Rangoon Lunatic Asylum 1878-1892 - 1878-1892
Year: 1878
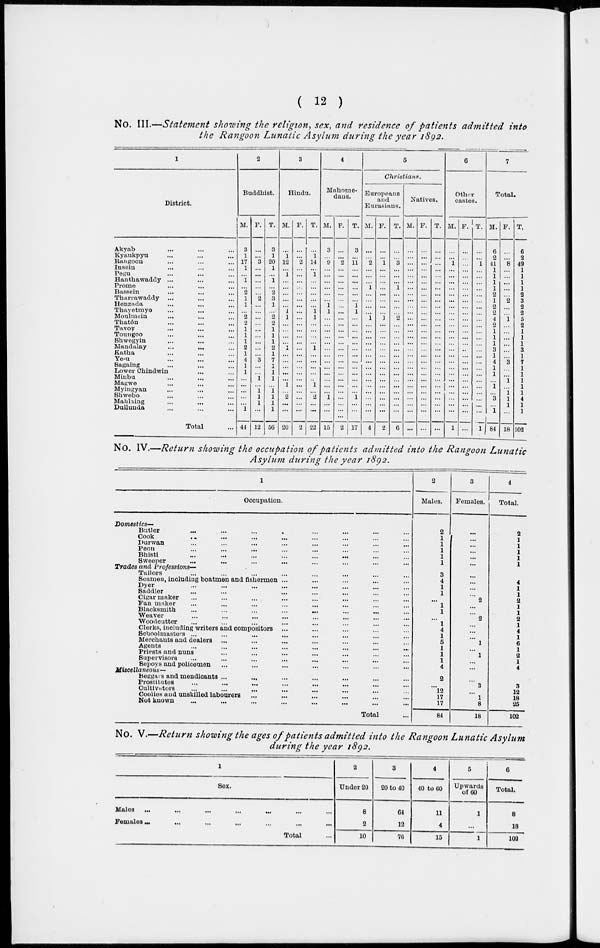
( 12 )
No. III.—Statement showing the religion, sex, and residence of patients admitted into
the Rangoon Lunatic Asylum during the year 1892.
1
District.
Akyab ... ... ...
Kyaukpyu ... ... ...
Rangoon ... ... ...
Insein ... ... ...
Pegu ... ... ...
Hanthawaddy ... ... ...
Prome ... ... ...
Bassein ... ... ...
Tharrawaddy ... ... ...
Henzada ... ... ...
Thayetmyo ... ... ...
Moulmein ... ... ...
Thatôn ... ... ...
Tavoy ... ... ...
Toungoo ... ... ...
Shwegyin ... ... ...
Mandalay
...
... ...
Katha ... ... ...
Ye-u ... ... ...
Sagaing ... ... ...
Lower Chindwin ... ...
Minbu ... ... ...
Magwe ... ... ...
Myingyan ... ... ...
Shwebo ... ... ...
Mahlaing ... ... ...
Dullunda ... ... ...
Total ...
2
Buddhist.
M.
3
1
17
1
...
1
...
2
1
1
...
2
2
1
1
1
2
1
4
1
1
...
...
...
...
...
1
44
F.
...
...
3
...
...
...
...
...
2
...
...
...
...
...
...
...
...
...
3
...
...
1
...
1
1
1
...
12
T.
3
1
20
1
...
1
...
2
3
1
...
2
2
1
1
1
2
1
7
1
1
1
...
1
1
1
1
56
3
Hindu.
M.
...
1
12
...
1
...
...
...
...
...
1
1
...
...
...
...
1
...
...
...
...
...
1
...
2
...
...
20
F.
...
...
2
...
...
...
...
...
...
...
...
...
...
...
...
...
...
...
...
...
...
...
...
...
...
...
...
2
T.
...
1
14
...
1
...
...
...
...
...
1
1
...
...
...
...
1
...
...
...
...
...
1
...
2
...
...
22
4
Mahome-
dans.
M.
3
...
9
...
...
...
...
...
...
1
1
...
...
...
...
...
...
...
...
...
...
...
...
...
1
...
...
15
F.
...
...
2
...
...
...
...
...
...
...
...
...
...
...
...
...
...
...
...
...
...
...
...
...
...
...
...
2
T.
3
...
11
...
...
...
...
...
...
1
1
...
...
...
...
...
...
...
...
...
...
...
...
...
1
...
...
17
5
Christians.
Europeans
and
Eurasians.
M.
...
...
2
...
...
...
1
...
...
...
...
1
...
...
...
...
...
...
...
...
...
...
...
...
...
...
...
4
F.
...
...
1
...
...
...
...
...
...
...
...
1
...
...
...
...
...
...
...
...
...
...
...
...
...
...
...
2
T.
...
...
3
...
...
...
1
...
...
...
...
2
...
...
...
...
...
...
...
...
...
...
...
...
...
...
...
6
Natives.
M.
...
...
...
...
...
...
...
...
...
...
...
...
...
...
...
...
...
...
...
...
...
...
...
...
...
...
...
...
F.
...
...
...
...
...
...
...
...
...
...
...
...
...
...
...
...
...
...
...
...
...
...
...
...
...
...
...
...
T.
...
...
...
...
...
...
...
...
...
...
...
...
...
...
...
...
...
...
...
...
...
...
...
...
...
...
...
...
6
Other
castes.
M.
...
...
1
...
...
...
...
...
...
...
...
...
...
...
...
...
...
...
...
...
...
...
...
...
...
...
...
1
F.
...
...
...
...
...
...
...
...
...
...
...
...
...
...
...
...
...
...
...
...
...
...
...
...
...
...
...
...
T.
...
...
1
...
...
...
...
...
...
...
...
...
...
...
...
...
...
...
...
...
...
...
...
...
...
...
...
1
7
Total.
M.
6
2
41
1
1
1
1
2
1
2
2
4
2
1
1
1
3
1
4
1
1
...
1
...
3
...
1
84
F.
...
...
8
...
...
...
...
...
2
...
...
1
...
...
...
...
...
...
3
...
...
1
...
1
1
1
...
18
T.
6
2
49
1
1
1
1
2
3
2
2
5
2
1
1
1
3
1
7
1
1
1
1
1
4
1
1
102
No. IV.—Return showing the occupation of patients admitted into the Rangoon Lunatic
Asylum during the year 1892.
1
Occupation.
Domestics—
Butler ... ... ... ... ... ... ... ...
Cook ... ... ... ... ... ... ... ...
Durwan ... ... ... ... ... ... ... ...
Peon ... ... ... ... ... ... ... ...
Bhisti
...
...
...
...
...
... ... ...
Sweeper ... ... ... ... ... ... ... ...
Trades and Professions—
Tailors ... ... ... ... ... ... ... ...
Seamen, including boatmen and fishermen ... ... ... ... ...
Dyer ... ... ... ... ... ... ... ...
Saddler ... ... ... ... ... ... ... ...
Cigar maker ... ... ... ... ... ... ... ...
Fan maker ... ... ... ... ... ... ... ...
Blacksmith
...
...
...
...
...
...
... ...
Weaver ... ... ... ... ... ... ... ...
Woodcutter ... ... ... ... ... ... ... ...
Clerks, including writers and compositors ... ... ... ... ...
Schoolmasters ... ... ... ... ... ... ... ...
Merchants and dealers ... ... ... ... ... ... ...
Agents ... ... ... ... ... ... ... ...
Priests and nuns ... ... ... ... ... ... ...
Supervisors ... ... ... ... ... ... ... ...
Sepoys and policemen ... ... ... ... ... ... ...
Miscellaneous—
Beggars and mendicants ... ... ... ... ... ... ...
Prostitutes ... ... ... ... ... ... ... ...
Cultivators
...
...
... ... ... ... ... ...
Coolies and unskilled labourers ... ... ... ... ... ...
Not known ... ... ... ... ... ... ... ...
Total ...
2
Males.
2
1
1
1
1
1
3
4
1
1
...
1
1
...
1
4
1
5
1
1
1
4
2
...
12
17
17
84
3
Females.
...
...
...
...
...
...
...
...
...
...
2
...
...
2
...
...
...
1
...
1
...
...
...
3
...
1
8
18
4
Total.
2
1
1
1
1
1
3
4
1
1
2
1
1
2
1
4
1
6
1
2
1
4
2
3
12
18
25
102
No. V.—Return showing the ages of patients admitted into the Rangoon Lunatic Asylum
during the year 1892.
1
Sex.
Males ... ... ... ... ... ... ...
Females ... ... ... ... ... ... ...
Total ...
2
Under 20
8
2
10
3
20 to 40
64
12
76
4
40 to 60
11
4
15
5
Upwards
of 60
1
...
1
6
Total.
8
18
102